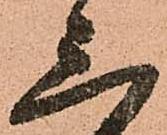
三